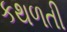
કથળતી